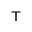
{ } ^ { \mathsf { T } }